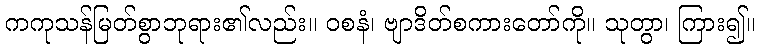
ကကုသန်မြတ်စွာဘုရား၏လည်း။ ဝစနံ၊ ဗျာဒိတ်စကားတော်ကို။ သုတွာ၊ ကြား၍။